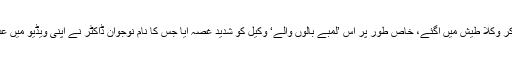
ویڈیو دیکھ کر وکلا طیش میں آگئے، خاص طور پر اس ’لمبے بالوں والے‘ وکیل کو شدید غصہ آیا جس کا نام نوجوان ڈاکٹر نے اپنی ویڈیو میں عدیل بتایا ہے۔